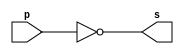
//----------------------------------------------
//----Arquitetura de computador-----------------
//----guia 02 - exercicio 03--------------------
//----Nome: Paulo Henrique de Almeida Amorim----
//----Matricula: 412765-------------------------

//--not gate--
module NOTgate (s, p);

	output s;
	input p;
	
	assign s = ~(p & p);

endmodule

//--teste notgate--

module NOTgatetest;
	reg a;
	wire s;
	
//--instancia--

	NOTgate NAND1 (s, a);
	
initial begin:start
	a = 0;
end
	
//--parte principal--

initial begin:main

	$display("\nGuia 02 - exercicio 03 - Paulo Henrique - 412765");
	$display("\nTeste NOT gate");
	$display("\n~a = s");
	$monitor("~%b = %b", a, s);
	
	#1 a = 0;
	#1	a = 1;
	#1 a = 1;

end //--fim parte principal--

endmodule //--fim	test NOT gate